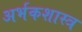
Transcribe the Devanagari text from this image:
अर्भकशास्त्र